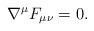
LaTeX: \begin{align*}\nabla^\mu F_{\mu\nu}=0.\end{align*}